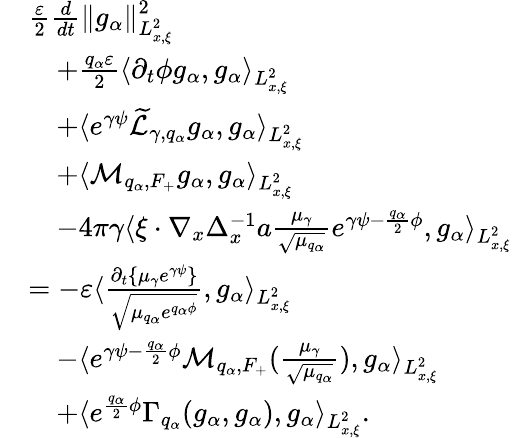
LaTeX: \begin{array}{rl}&{\frac{\varepsilon}{2}\frac{d}{dt}\| g_{\alpha}\| _{L_{x,\xi}^{2}}^{2}}\\ &{\quad+\frac{q_{\alpha}\varepsilon}{2}\langle\partial_{t}\phi g_{\alpha},g_{\alpha}\rangle_{L_{x,\xi}^{2}}}\\ &{\quad+\langle e^{\gamma\psi}\widetilde{\mathcal L}_{\gamma,q_{\alpha}}g_{\alpha},g_{\alpha}\rangle_{L_{x,\xi}^{2}}}\\ &{\quad+\langle\mathcal M_{q_{\alpha},F_{+}}g_{\alpha},g_{\alpha}\rangle_{L_{x,\xi}^{2}}}\\ &{\quad-4\pi\gamma\langle\xi\cdot\nabla_{x}\Delta_{x}^{-1}a\frac{\mu_{\gamma}}{\sqrt{\mu_{q_{\alpha}}}}e^{\gamma\psi-\frac{q_{\alpha}}{2}\phi},g_{\alpha}\rangle_{L_{x,\xi}^{2}}}\\ &{=-\varepsilon\langle\frac{\partial_{t}\{ \mu_{\gamma}e^{\gamma\psi}\} }{\sqrt{\mu_{q_{\alpha}}e^{q_{\alpha}\phi}}},g_{\alpha}\rangle_{L_{x,\xi}^{2}}}\\ &{\quad-\langle e^{\gamma\psi-\frac{q_{\alpha}}{2}\phi}\mathcal M_{q_{\alpha},F_{+}}(\frac{\mu_{\gamma}}{\sqrt{\mu_{q_{\alpha}}}}),g_{\alpha}\rangle_{L_{x,\xi}^{2}}}\\ &{\quad+\langle e^{\frac{q_{\alpha}}{2}\phi}\Gamma_{q_{\alpha}}(g_{\alpha},g_{\alpha}),g_{\alpha}\rangle_{L_{x,\xi}^{2}}.}\end{array}